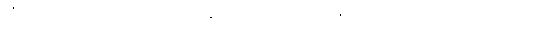
လီဗာပူး နည်းပြ ကလော့ပ်က ရှက်ဖီးယူနိုက်တက်နဲ့ ကစားမယ့် ပရီးမီးယားလိဂ် အဝေးကွင်းပွဲစဉ်အတွက်